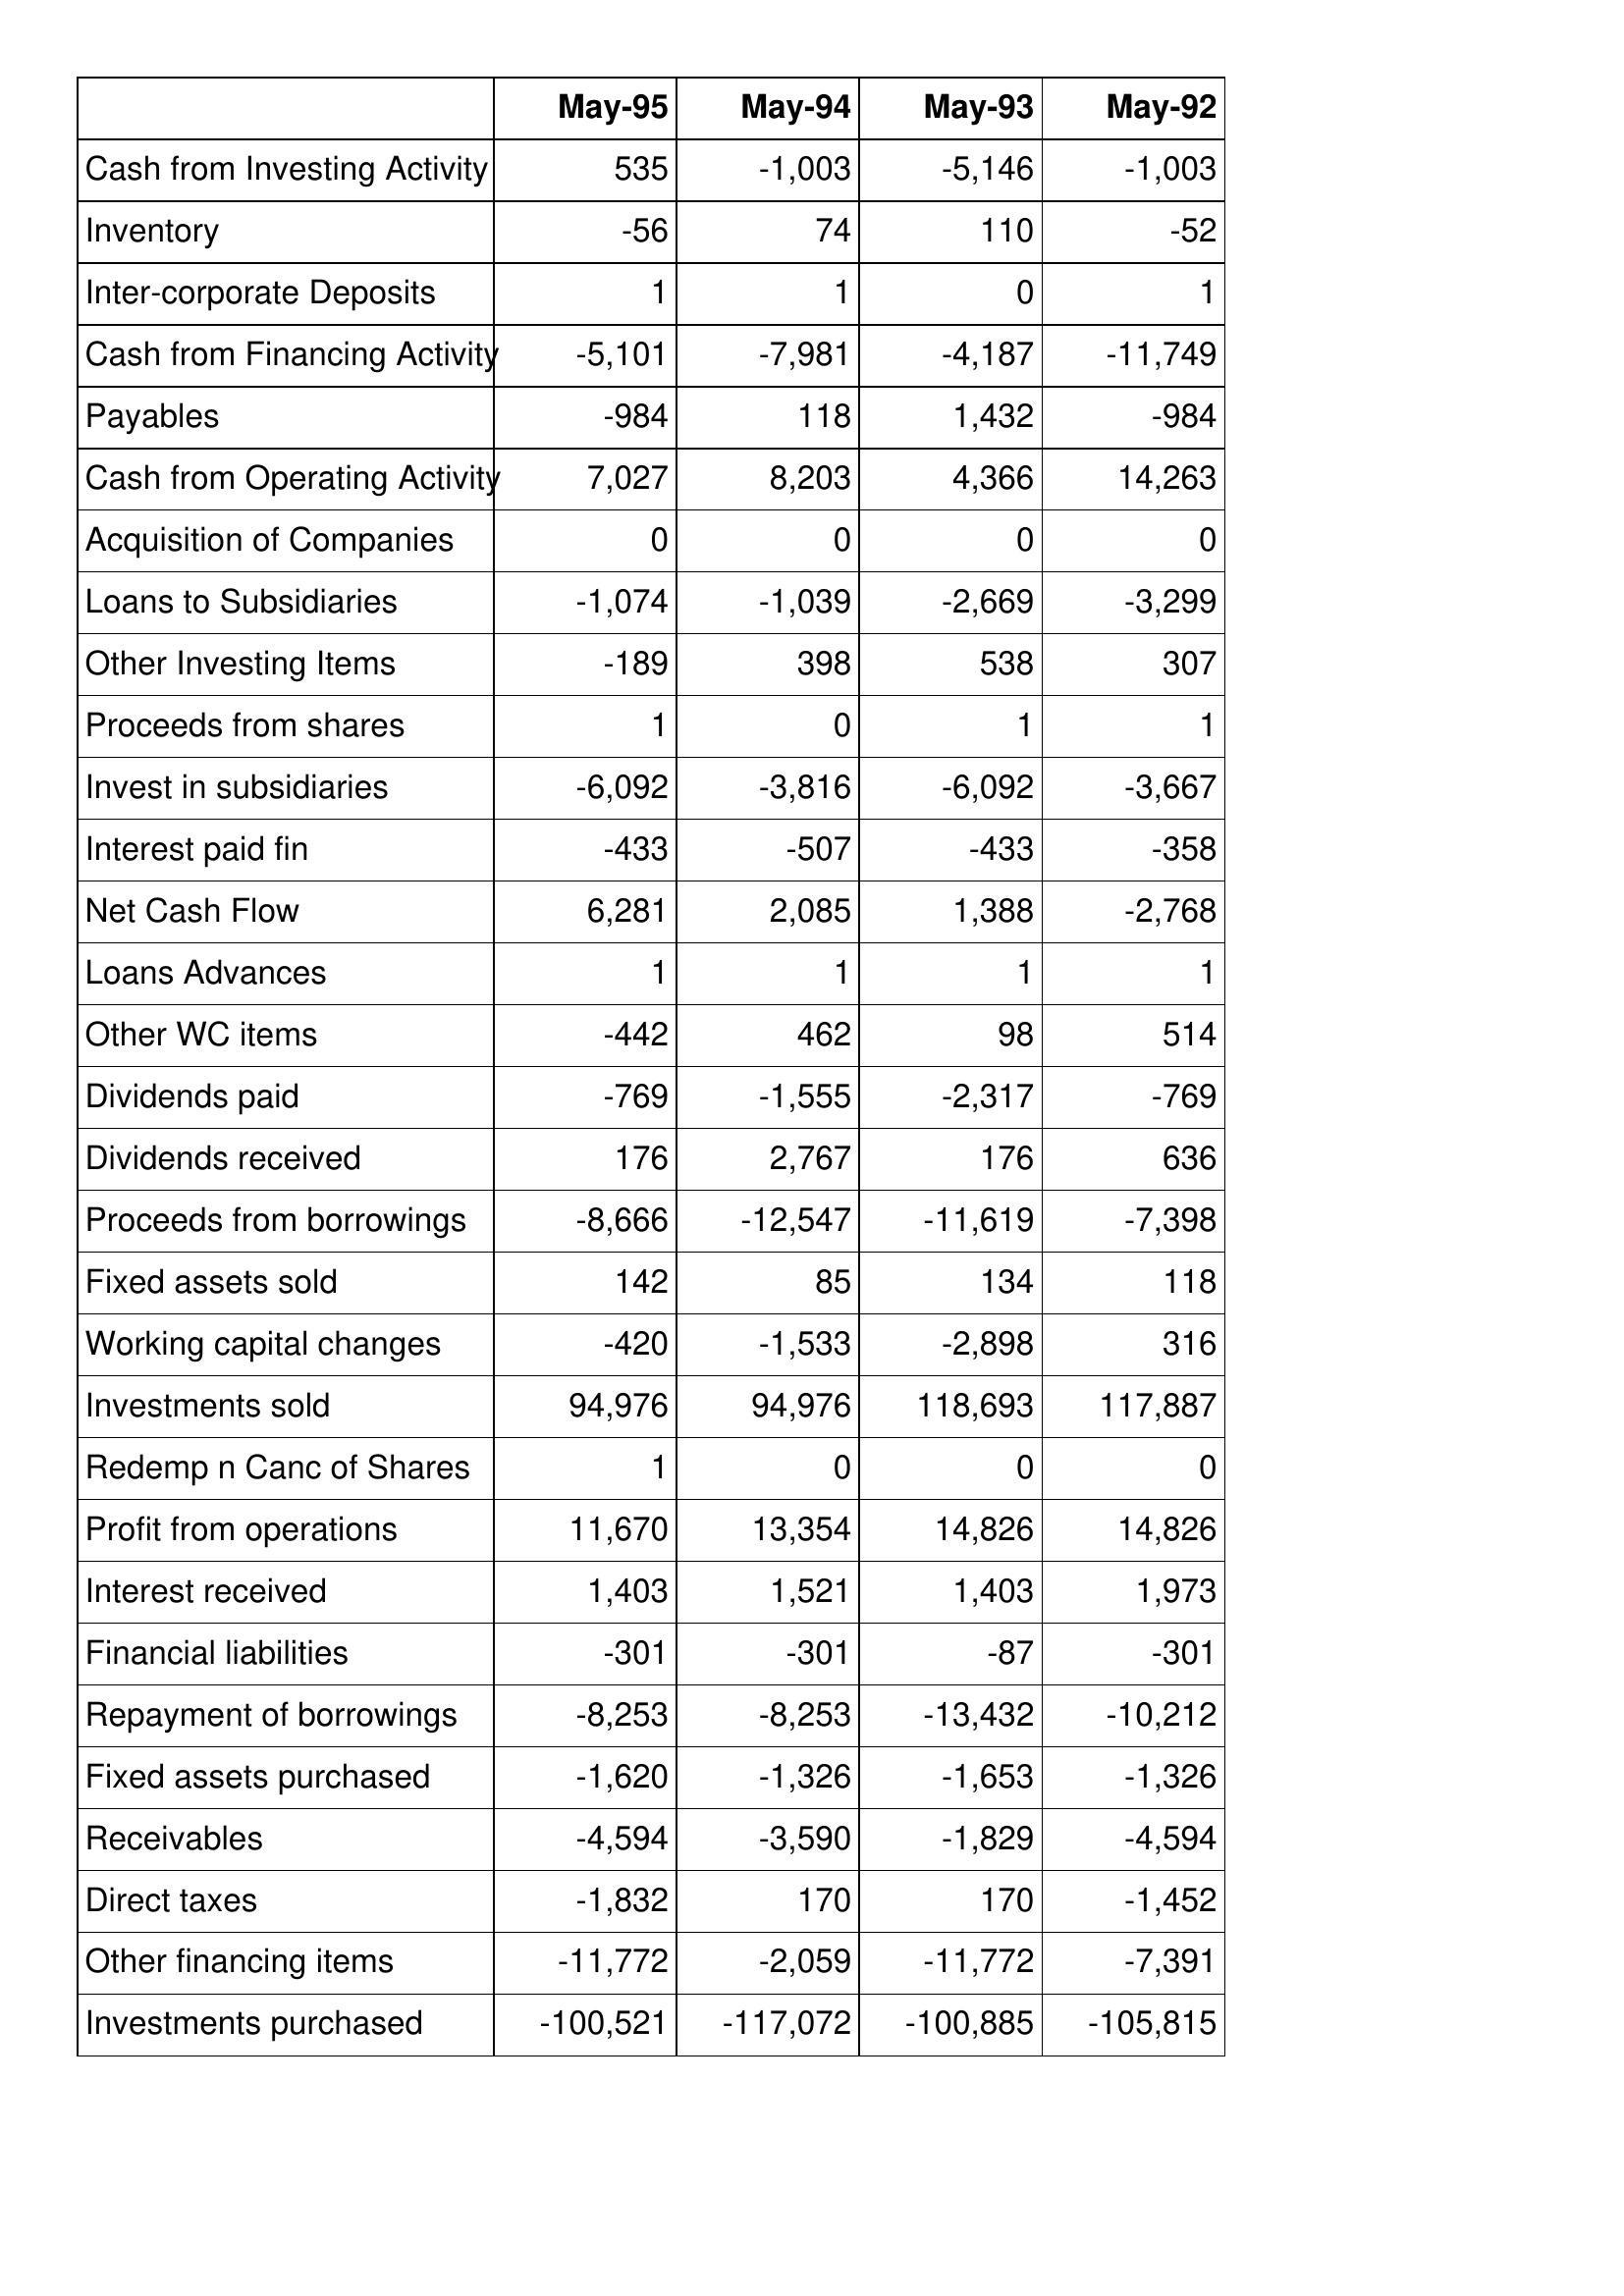
May-95: Cash Flows: Cash from Investing Activity: 535
Inventory: -56
Inter-corporate Deposits: 1
Cash from Financing Activity: -5,101
Payables: -984
Cash from Operating Activity: 7,027
Acquisition of Companies: 0
Loans to Subsidiaries: -1,074
Other Investing Items: -189
Proceeds from shares: 1
Invest in subsidiaries: -6,092
Interest paid fin: -433
Net Cash Flow: 6,281
Loans Advances: 1
Other WC items: -442
Dividends paid: -769
Dividends received: 176
Proceeds from borrowings: -8,666
Fixed assets sold: 142
Working capital changes: -420
Investments sold: 94,976
Redemp n Canc of Shares: 1
Profit from operations: 11,670
Interest received: 1,403
Financial liabilities: -301
Repayment of borrowings: -8,253
Fixed assets purchased: -1,620
Receivables: -4,594
Direct taxes: -1,832
Other financing items: -11,772
Investments purchased: -100,521
May-94: Cash Flows: Cash from Investing Activity: -1,003
Inventory: 74
Inter-corporate Deposits: 1
Cash from Financing Activity: -7,981
Payables: 118
Cash from Operating Activity: 8,203
Acquisition of Companies: 0
Loans to Subsidiaries: -1,039
Other Investing Items: 398
Proceeds from shares: 0
Invest in subsidiaries: -3,816
Interest paid fin: -507
Net Cash Flow: 2,085
Loans Advances: 1
Other WC items: 462
Dividends paid: -1,555
Dividends received: 2,767
Proceeds from borrowings: -12,547
Fixed assets sold: 85
Working capital changes: -1,533
Investments sold: 94,976
Redemp n Canc of Shares: 0
Profit from operations: 13,354
Interest received: 1,521
Financial liabilities: -301
Repayment of borrowings: -8,253
Fixed assets purchased: -1,326
Receivables: -3,590
Direct taxes: 170
Other financing items: -2,059
Investments purchased: -117,072
May-93: Cash Flows: Cash from Investing Activity: -5,146
Inventory: 110
Inter-corporate Deposits: 0
Cash from Financing Activity: -4,187
Payables: 1,432
Cash from Operating Activity: 4,366
Acquisition of Companies: 0
Loans to Subsidiaries: -2,669
Other Investing Items: 538
Proceeds from shares: 1
Invest in subsidiaries: -6,092
Interest paid fin: -433
Net Cash Flow: 1,388
Loans Advances: 1
Other WC items: 98
Dividends paid: -2,317
Dividends received: 176
Proceeds from borrowings: -11,619
Fixed assets sold: 134
Working capital changes: -2,898
Investments sold: 118,693
Redemp n Canc of Shares: 0
Profit from operations: 14,826
Interest received: 1,403
Financial liabilities: -87
Repayment of borrowings: -13,432
Fixed assets purchased: -1,653
Receivables: -1,829
Direct taxes: 170
Other financing items: -11,772
Investments purchased: -100,885
May-92: Cash Flows: Cash from Investing Activity: -1,003
Inventory: -52
Inter-corporate Deposits: 1
Cash from Financing Activity: -11,749
Payables: -984
Cash from Operating Activity: 14,263
Acquisition of Companies: 0
Loans to Subsidiaries: -3,299
Other Investing Items: 307
Proceeds from shares: 1
Invest in subsidiaries: -3,667
Interest paid fin: -358
Net Cash Flow: -2,768
Loans Advances: 1
Other WC items: 514
Dividends paid: -769
Dividends received: 636
Proceeds from borrowings: -7,398
Fixed assets sold: 118
Working capital changes: 316
Investments sold: 117,887
Redemp n Canc of Shares: 0
Profit from operations: 14,826
Interest received: 1,973
Financial liabilities: -301
Repayment of borrowings: -10,212
Fixed assets purchased: -1,326
Receivables: -4,594
Direct taxes: -1,452
Other financing items: -7,391
Investments purchased: -105,815